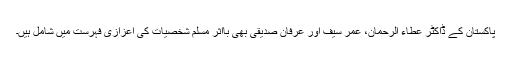
پاکستان کے ڈاکٹر عطاء الرحمان، عمر سیف اور عرفان صدیقی بھی بااثر مسلم شخصیات کی اعزازی فہرست میں شامل ہیں۔